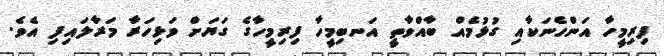
ފިރިމީހާ އަންހެނަކާއި ގުޅުމެއް ބާއްވާތީ އަނބިމީހާ ފިރިމީހާގެ ގަޔަށް ވަޅިހަރާ މަރާލައިފި އެވެ.